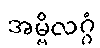
အမ္ဗိလဂ္ဂံ